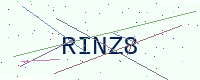
Text: RINZ8